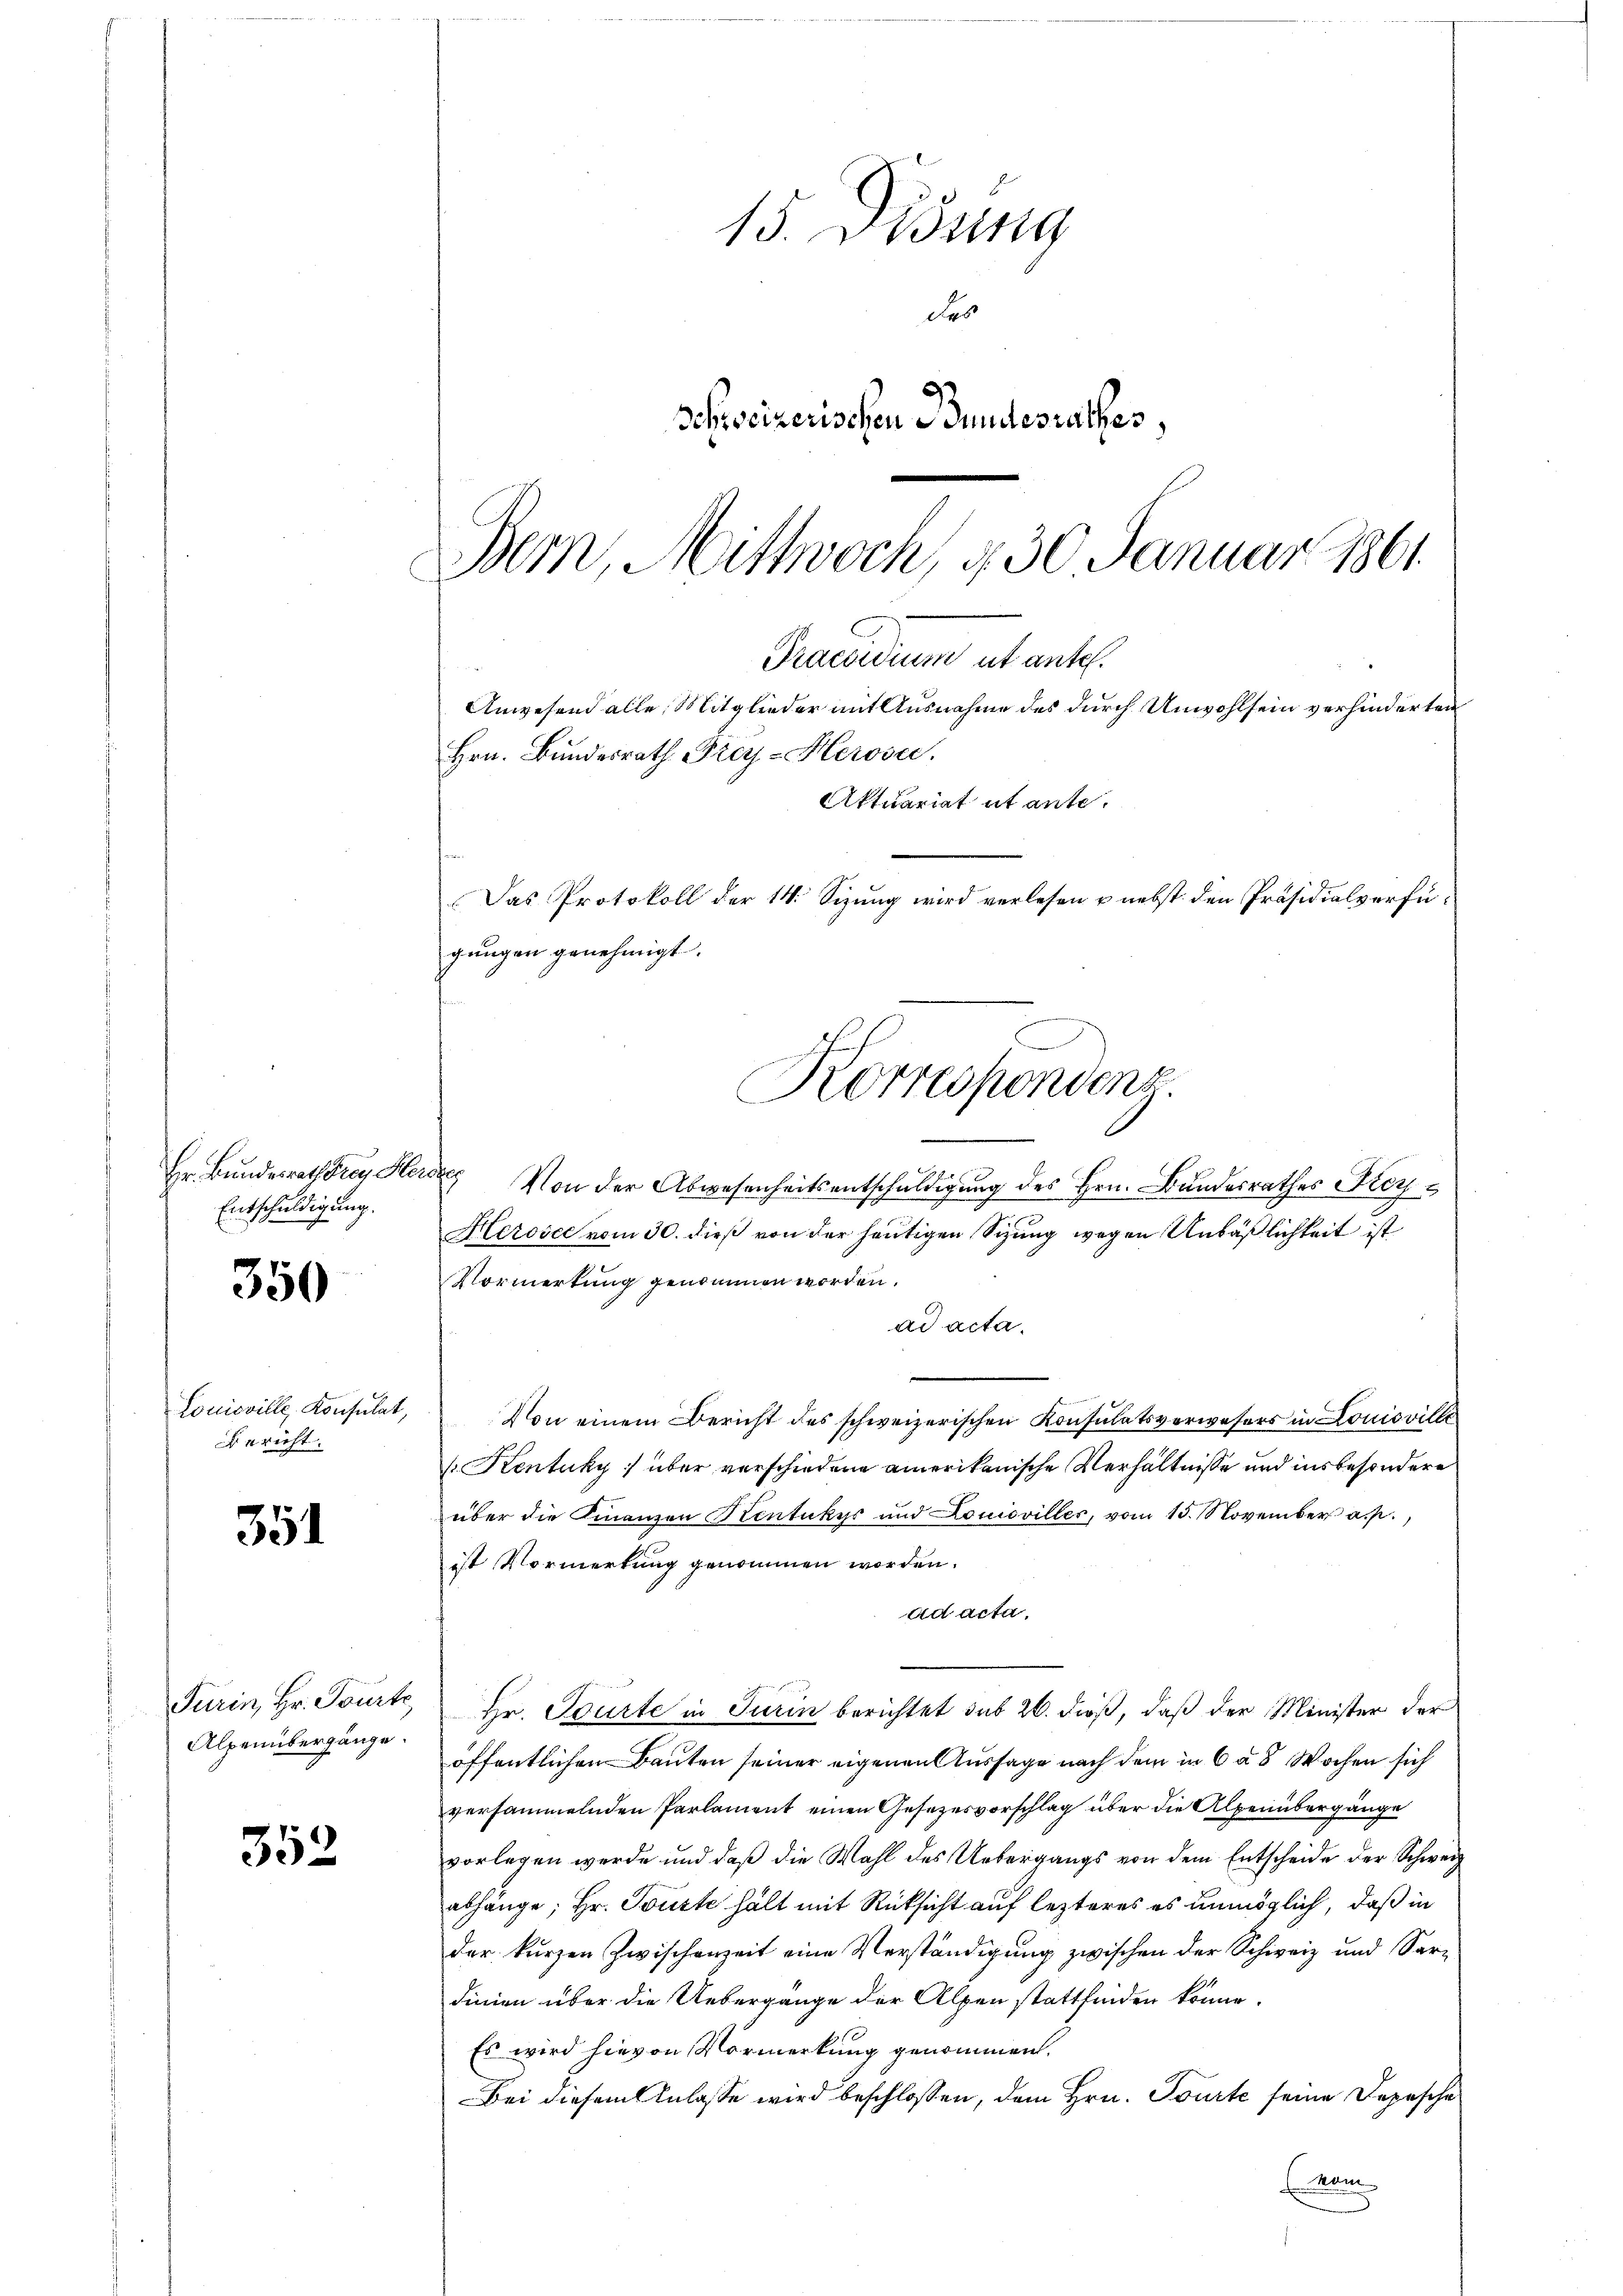
Entschuldigung.

350

351

Turin, Hr. Tourte
Alpenübergänge.

352

Louisville, Konsulat,
Bericht.

15. Didung
des
Schweizerischen Bundesrathes,

Bern, Mittwoch, d. 30. Januar 1861.
Praesidium ut ante.
Hrn. Bundesrath Frey-Herose.
Das Protokoll der 14. Sizung wird verlesen u. nebst den Präsidialverfügungen genehmigt.
Korrespondenz

Hr Bundesrath Frau Herz von der Abwesenheitsentschuldigung des Hrn. Bundesrathes Frey¬
Kleroice vom 30. dieß von der heutigen Sizung wegen Unbäßlichkeit ist
Vormerkung genommen worden.
ad acta.
u
s
Von einem Bericht des schweizerischen Konsulatsverwesers in Louisville
[Kentuky) über verschiedene amerikanische Verhältnisse und insbesondere
über die Finanzen Stentukys und Louisvilles, vom 15. November a. p.,
ist Vormerkung genommen worden.
ad acta.
Hr. Spürte in Turin berichtet sub 20. dieß, daß der Minister der
öffentlichen Bauten seiner eigenen Aussage nach dem in 6 a 8 Wochen sich
versammelnden Parlament einen Gesezesvorschlag über die Alpenübergänge
vorlegen werde und daß die Wahl des Uebergangs von dem Entscheide der Schweiz
abhänge, Hr. Touste hält mit Rücksicht auf lezteres es unmöglich, daß in
der kurzen Zwischenzeit eine Verständigung zwischen der Schweiz und Sardinien über die Uebergänge der Alpen stattfinden könne.
Es wird hievon Vormerkung genommen.
Bei diesem Anlasse wird beschlossen, dem Hrn. Tourte seine Depesche
kam

Anwesend alle, Mitglieder mit Ausnahme des durch Unwohlsein verhinderten

Aktuariat et ante.